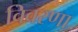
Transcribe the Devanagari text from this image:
विवरणा